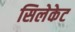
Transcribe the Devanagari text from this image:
सिलेकेट